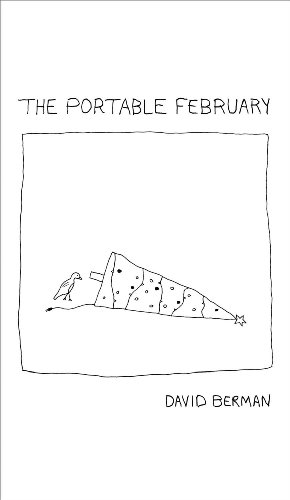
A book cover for The Portable February; David Berman; Comics & Graphic Novels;